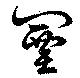
闉